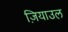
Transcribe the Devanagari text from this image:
ज़ियाउल